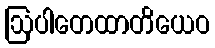
ဩပါတေထာတိယေဝ